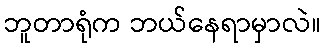
ဘူတာရုံက ဘယ်နေရာမှာလဲ။